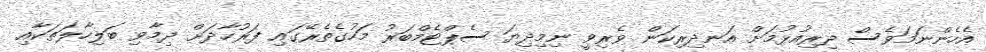
އެހެންނަމަވެސް ދިރިއުޅުމަށް އަނދިރިކަން ވެރިވީ ނިމިދިޔަ ސެޕްޓެމްބަރު މަހުގެތެރޭގައި ފަރުހާދަށް ދިމާވި ބަލިހާލަތަކާއި